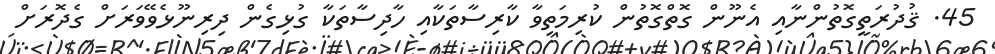
45. ޤުދުރަތީގޮތުންނާއި އެނޫން ގޮތްގޮތުން ކުރިމަތިވާ ކާރިސާތަކާއި ހާދިސާތަކާ ގުޅިގެން ދިރިނޫޅެވޭވަރަށް ގެދޮރަށް